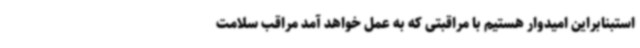
استبنابراین امیدوار هستیم با مراقبتی که به عمل خواهد آمد مراقب سلامت